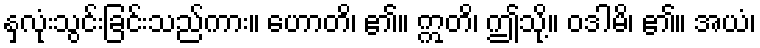
နှလုံးသွင်းခြင်းသည်ကား။ ဟောတိ၊ ၏။ ဣတိ၊ ဤသို့။ ဝဒါမိ၊ ၏။ အယံ၊